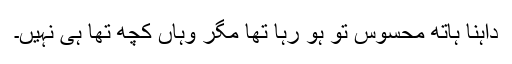
داہنا ہاتھ محسوس تو ہو رہا تھا مگر وہاں کچھ تھا ہی نہیں۔